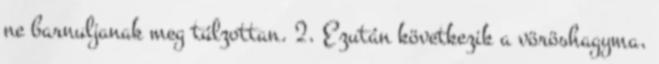
ne barnuljanak meg túlzottan. 2. Ezután következik a vöröshagyma,